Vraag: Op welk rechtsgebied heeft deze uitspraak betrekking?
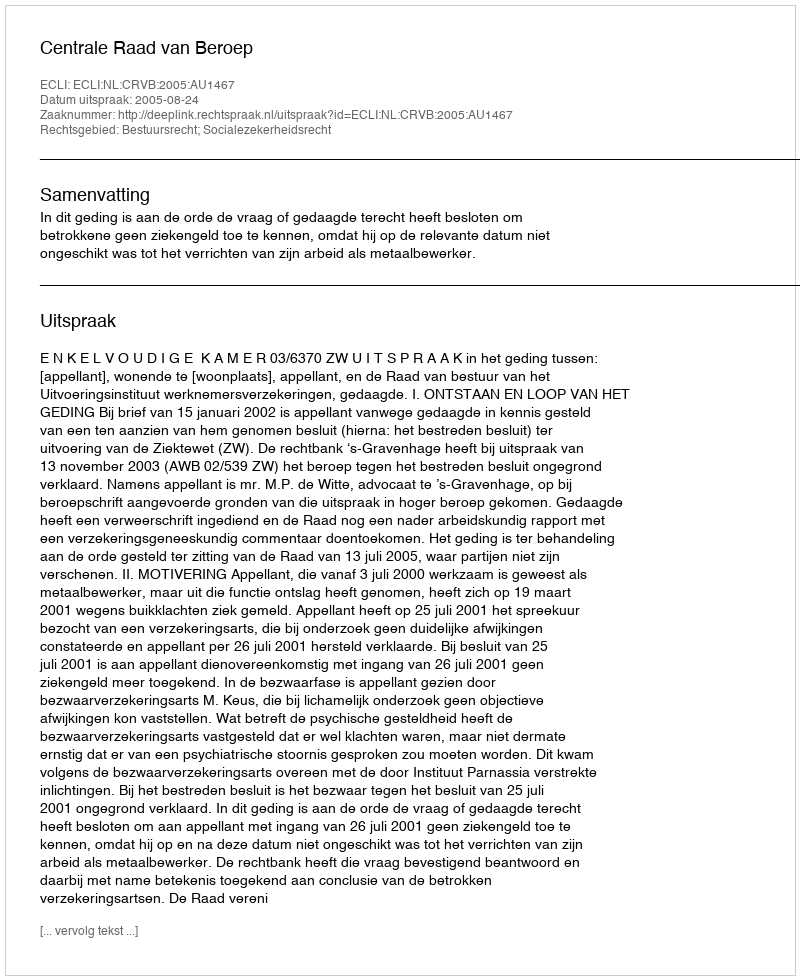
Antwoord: Bestuursrecht; Socialezekerheidsrecht